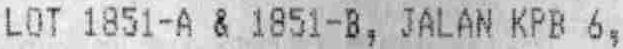
LOT 1851-A & 1851-B, JALAN KPB 6,